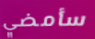
سأمضي